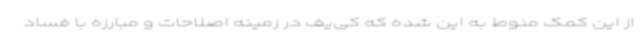
از این کمک منوط به این شده که کی‌یف در زمینه اصلاحات و مبارزه با فساد